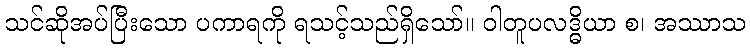
သင်ဆိုအပ်ပြီးသော ပကာရကို ရသင့်သည်ရှိသော်။ ဝါတူပလဒ္ဓိယာ စ၊ အဿာသ